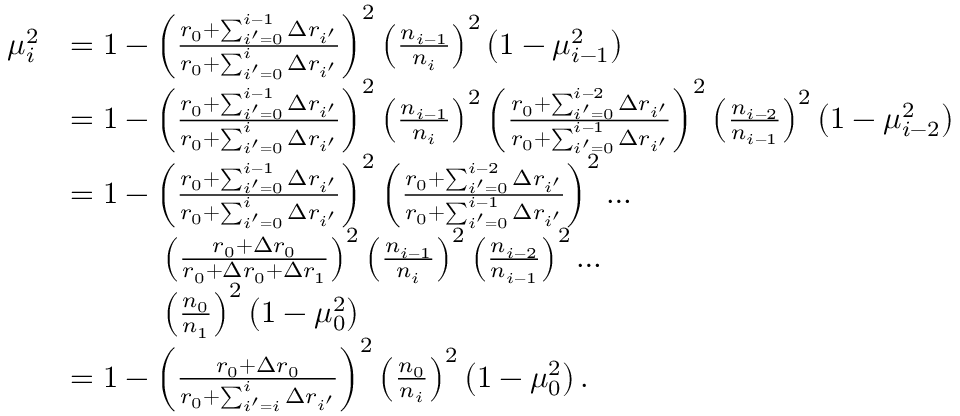
\begin{array} { r l } { \mu _ { i } ^ { 2 } } & { = 1 - \left( \frac { r _ { 0 } + \sum _ { i ^ { \prime } = 0 } ^ { i - 1 } \Delta r _ { i ^ { \prime } } } { r _ { 0 } + \sum _ { i ^ { \prime } = 0 } ^ { i } \Delta r _ { i ^ { \prime } } } \right) ^ { 2 } \left( \frac { n _ { i - 1 } } { n _ { i } } \right) ^ { 2 } \left( 1 - \mu _ { i - 1 } ^ { 2 } \right) } \\ & { = 1 - \left( \frac { r _ { 0 } + \sum _ { i ^ { \prime } = 0 } ^ { i - 1 } \Delta r _ { i ^ { \prime } } } { r _ { 0 } + \sum _ { i ^ { \prime } = 0 } ^ { i } \Delta r _ { i ^ { \prime } } } \right) ^ { 2 } \left( \frac { n _ { i - 1 } } { n _ { i } } \right) ^ { 2 } \left( \frac { r _ { 0 } + \sum _ { i ^ { \prime } = 0 } ^ { i - 2 } \Delta r _ { i ^ { \prime } } } { r _ { 0 } + \sum _ { i ^ { \prime } = 0 } ^ { i - 1 } \Delta r _ { i ^ { \prime } } } \right) ^ { 2 } \left( \frac { n _ { i - 2 } } { n _ { i - 1 } } \right) ^ { 2 } \left( 1 - \mu _ { i - 2 } ^ { 2 } \right) } \\ & { = 1 - \left( \frac { r _ { 0 } + \sum _ { i ^ { \prime } = 0 } ^ { i - 1 } \Delta r _ { i ^ { \prime } } } { r _ { 0 } + \sum _ { i ^ { \prime } = 0 } ^ { i } \Delta r _ { i ^ { \prime } } } \right) ^ { 2 } \left( \frac { r _ { 0 } + \sum _ { i ^ { \prime } = 0 } ^ { i - 2 } \Delta r _ { i ^ { \prime } } } { r _ { 0 } + \sum _ { i ^ { \prime } = 0 } ^ { i - 1 } \Delta r _ { i ^ { \prime } } } \right) ^ { 2 } \dots } \\ & { \quad \quad \quad \left( \frac { r _ { 0 } + \Delta r _ { 0 } } { r _ { 0 } + \Delta r _ { 0 } + \Delta r _ { 1 } } \right) ^ { 2 } \left( \frac { n _ { i - 1 } } { n _ { i } } \right) ^ { 2 } \left( \frac { n _ { i - 2 } } { n _ { i - 1 } } \right) ^ { 2 } \dots } \\ & { \quad \quad \quad \left( \frac { n _ { 0 } } { n _ { 1 } } \right) ^ { 2 } \left( 1 - \mu _ { 0 } ^ { 2 } \right) } \\ & { = 1 - \left( \frac { r _ { 0 } + \Delta r _ { 0 } } { r _ { 0 } + \sum _ { i ^ { \prime } = i } ^ { i } \Delta r _ { i ^ { \prime } } } \right) ^ { 2 } \left( \frac { n _ { 0 } } { n _ { i } } \right) ^ { 2 } \left( 1 - \mu _ { 0 } ^ { 2 } \right) . } \end{array}